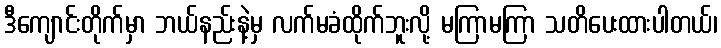
ဒီကျောင်းတိုက်မှာ ဘယ်နည်းနဲ့မှ လက်မခံထိုက်ဘူးလို့ မကြာမကြာ သတိပေးထားပါတယ်၊